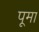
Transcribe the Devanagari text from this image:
पूमा